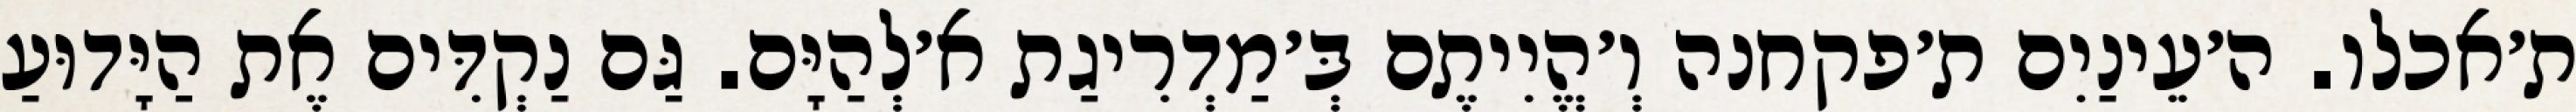
ת׳אכלו. ה׳עֵינַיִם ת׳פקחנה וְ׳הֱיִיתֶם בְּ׳מַדְרִיגַת א׳לְהַיָּם. גַּם נַקְדִּים אֶת הַיָּדוּעַ